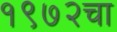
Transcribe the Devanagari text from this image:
१९७२चा